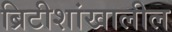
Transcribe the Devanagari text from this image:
ब्रिटीशांखालील